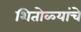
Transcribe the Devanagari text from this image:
शितोळ्यांचे